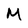
Character: M